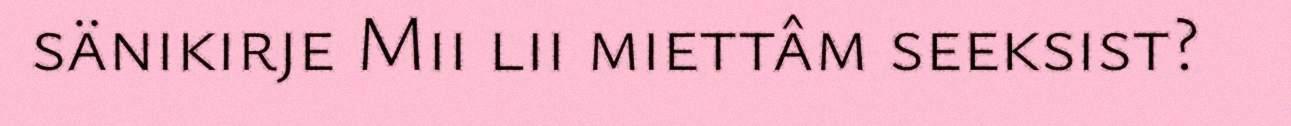
sänikirje Mii lii miettâm seeksist?